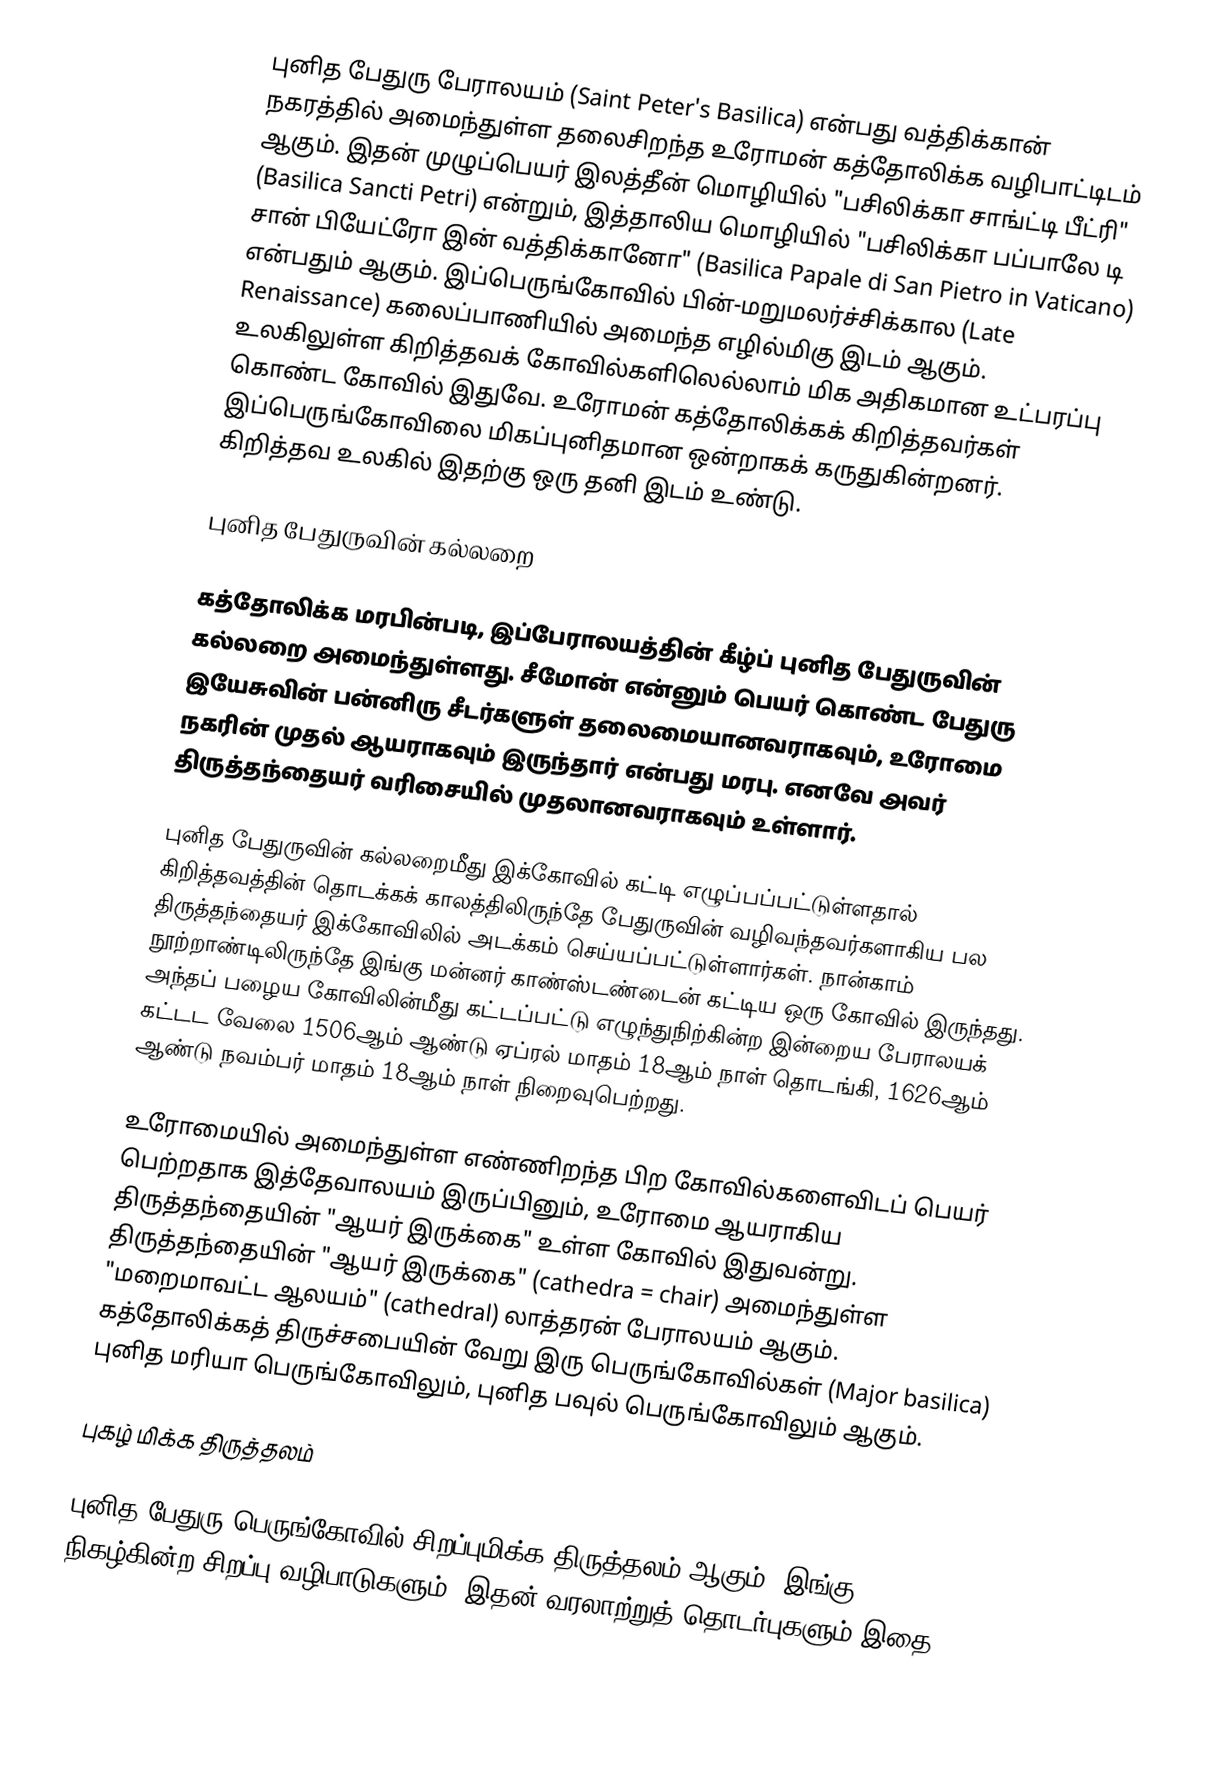
புனித பேதுரு பேராலயம் (Saint Peter's Basilica) என்பது வத்திக்கான் நகரத்தில் அமைந்துள்ள தலைசிறந்த உரோமன் கத்தோலிக்க வழிபாட்டிடம் ஆகும். இதன் முழுப்பெயர் இலத்தீன் மொழியில் "பசிலிக்கா சாங்ட்டி பீட்ரி" (Basilica Sancti Petri) என்றும், இத்தாலிய மொழியில் "பசிலிக்கா பப்பாலே டி சான் பியேட்ரோ இன் வத்திக்கானோ" (Basilica Papale di San Pietro in Vaticano) என்பதும் ஆகும். இப்பெருங்கோவில் பின்-மறுமலர்ச்சிக்கால (Late Renaissance) கலைப்பாணியில் அமைந்த எழில்மிகு இடம் ஆகும். உலகிலுள்ள கிறித்தவக் கோவில்களிலெல்லாம் மிக அதிகமான உட்பரப்பு கொண்ட கோவில் இதுவே. உரோமன் கத்தோலிக்கக் கிறித்தவர்கள் இப்பெருங்கோவிலை மிகப்புனிதமான ஒன்றாகக் கருதுகின்றனர். கிறித்தவ உலகில் இதற்கு ஒரு தனி இடம் உண்டு.

புனித பேதுருவின் கல்லறை

கத்தோலிக்க மரபின்படி, இப்பேராலயத்தின் கீழ்ப் புனித பேதுருவின் கல்லறை அமைந்துள்ளது. சீமோன் என்னும் பெயர் கொண்ட பேதுரு இயேசுவின் பன்னிரு சீடர்களுள் தலைமையானவராகவும், உரோமை நகரின் முதல் ஆயராகவும் இருந்தார் என்பது மரபு. எனவே அவர் திருத்தந்தையர் வரிசையில் முதலானவராகவும் உள்ளார்.

புனித பேதுருவின் கல்லறைமீது இக்கோவில் கட்டி எழுப்பப்பட்டுள்ளதால் கிறித்தவத்தின் தொடக்கக் காலத்திலிருந்தே பேதுருவின் வழிவந்தவர்களாகிய பல திருத்தந்தையர் இக்கோவிலில் அடக்கம் செய்யப்பட்டுள்ளார்கள். நான்காம் நூற்றாண்டிலிருந்தே இங்கு மன்னர் காண்ஸ்டண்டைன் கட்டிய ஒரு கோவில் இருந்தது. அந்தப் பழைய கோவிலின்மீது கட்டப்பட்டு எழுந்துநிற்கின்ற இன்றைய பேராலயக் கட்டட வேலை 1506ஆம் ஆண்டு ஏப்ரல் மாதம் 18ஆம் நாள் தொடங்கி, 1626ஆம் ஆண்டு நவம்பர் மாதம் 18ஆம் நாள்  நிறைவுபெற்றது.

உரோமையில் அமைந்துள்ள எண்ணிறந்த பிற கோவில்களைவிடப் பெயர் பெற்றதாக இத்தேவாலயம் இருப்பினும், உரோமை ஆயராகிய திருத்தந்தையின் "ஆயர் இருக்கை" உள்ள கோவில் இதுவன்று.  திருத்தந்தையின் "ஆயர் இருக்கை" (cathedra = chair) அமைந்துள்ள "மறைமாவட்ட ஆலயம்" (cathedral)  லாத்தரன் பேராலயம் ஆகும். கத்தோலிக்கத் திருச்சபையின் வேறு இரு பெருங்கோவில்கள் (Major basilica) புனித மரியா பெருங்கோவிலும், புனித பவுல் பெருங்கோவிலும் ஆகும்.

புகழ் மிக்க திருத்தலம்

புனித பேதுரு பெருங்கோவில் சிறப்புமிக்க திருத்தலம் ஆகும். இங்கு நிகழ்கின்ற சிறப்பு வழிபாடுகளும், இதன் வரலாற்றுத் தொடர்புகளும் இதை